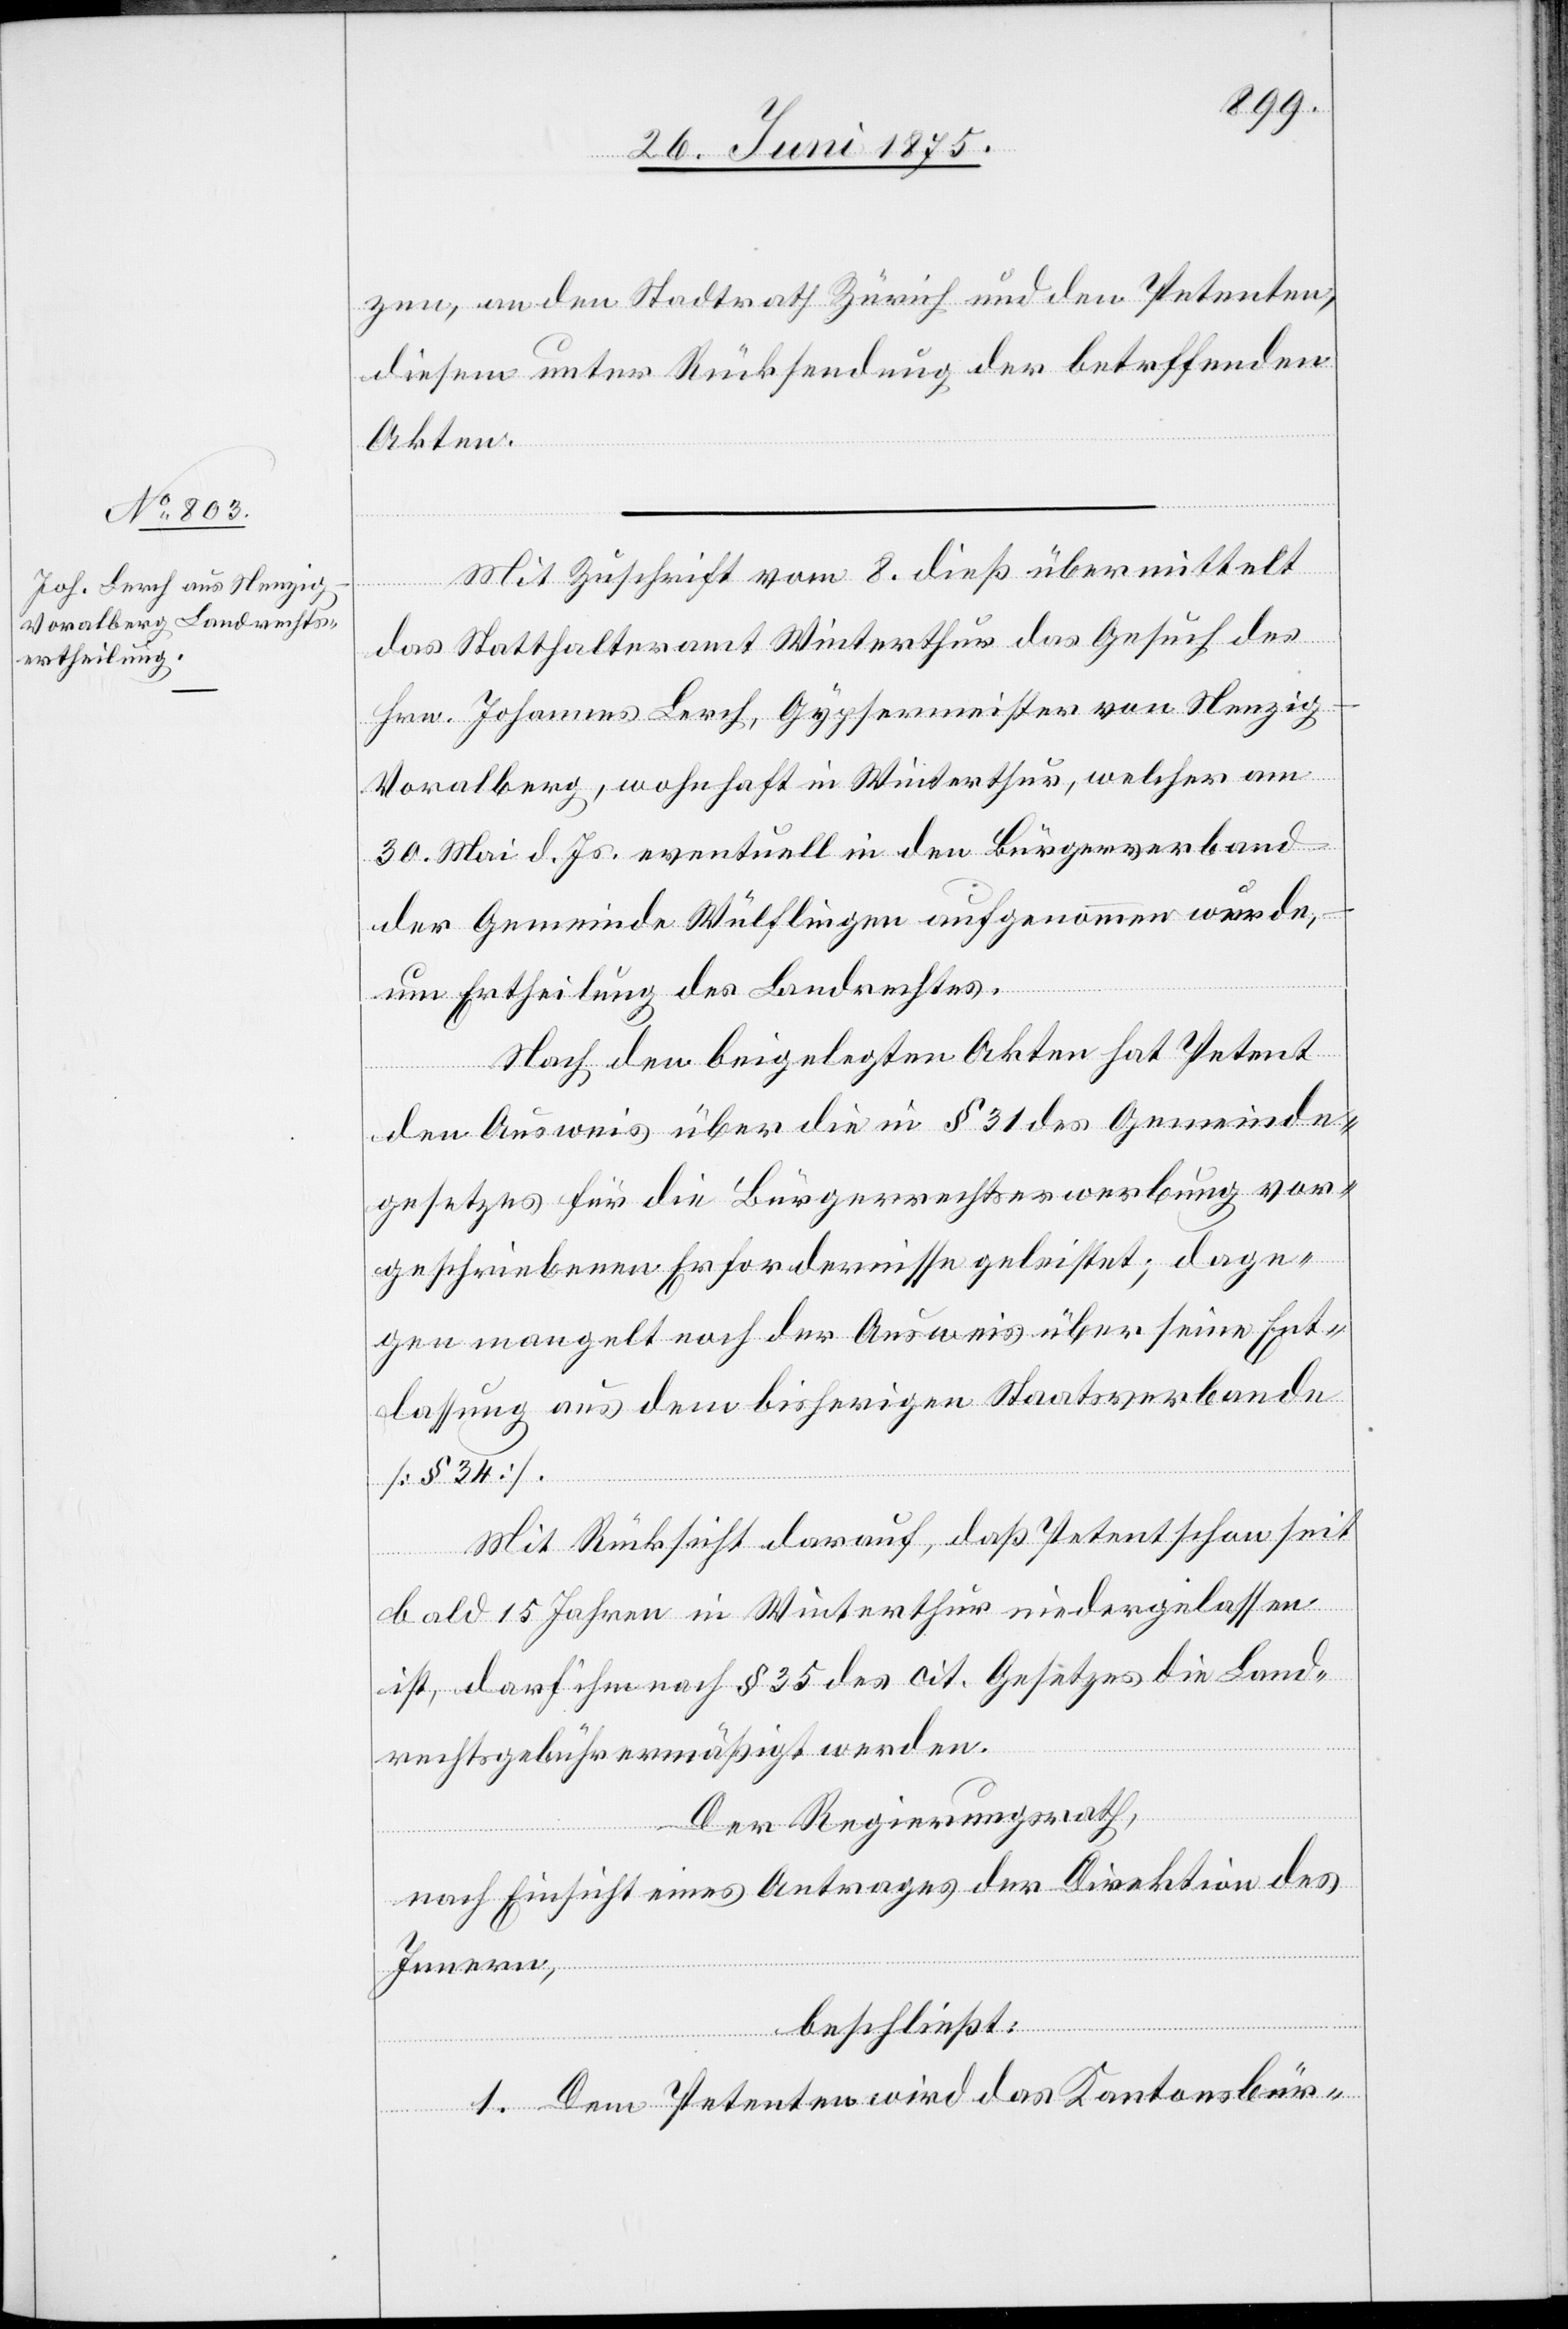
zen an den Stadtrath Zürich und den Petenten,
diesem unter Rücksendung der betreffenden
Akten.
Mit Zuschrift vom 8. dieß übermittelt
das Statthalteramt Winterthur das Gesuch des
Hrn. Johannes Lerch, Gypsermeister von Nenzig -
Vorarlberg, wohnhaft in Winterthur, welcher am
30. Mai d. Js. eventuell in den Bürgerverband
der Gemeinde Wülflingen aufgenommen wurde,
um Ertheilung des Landrechtes.
Nach den beigelegten Akten hat Petent
den Ausweis über die in § 31 des Gemeinde¬
gesetzes für die Bürgerrechtserwerbung vor¬
geschriebenen Erfordernisse geleistet; dage¬
gen mangelt noch der Ausweis über seine Ent¬
lassung aus dem bisherigen Staatsverbande
[§ 34].
Mit Rücksicht darauf, daß Petent schon seit
bald 15 Jahren in Winterthur niedergelassen
ist, darf ihm nach § 35 des cit. Gesetzes die Land¬
rechtsgebühr ermäßigt werden.
Der Regierungsrath,
nach Einsicht eines Antrages der Direktion des
Innern,
beschließt:
1. Dem Petenten wird das Kantonsbür-